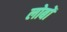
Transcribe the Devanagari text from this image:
लोबों